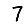
Digit: 7